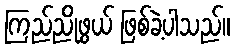
ကြည်ညိုဖွယ် ဖြစ်ခဲ့ပါသည်။